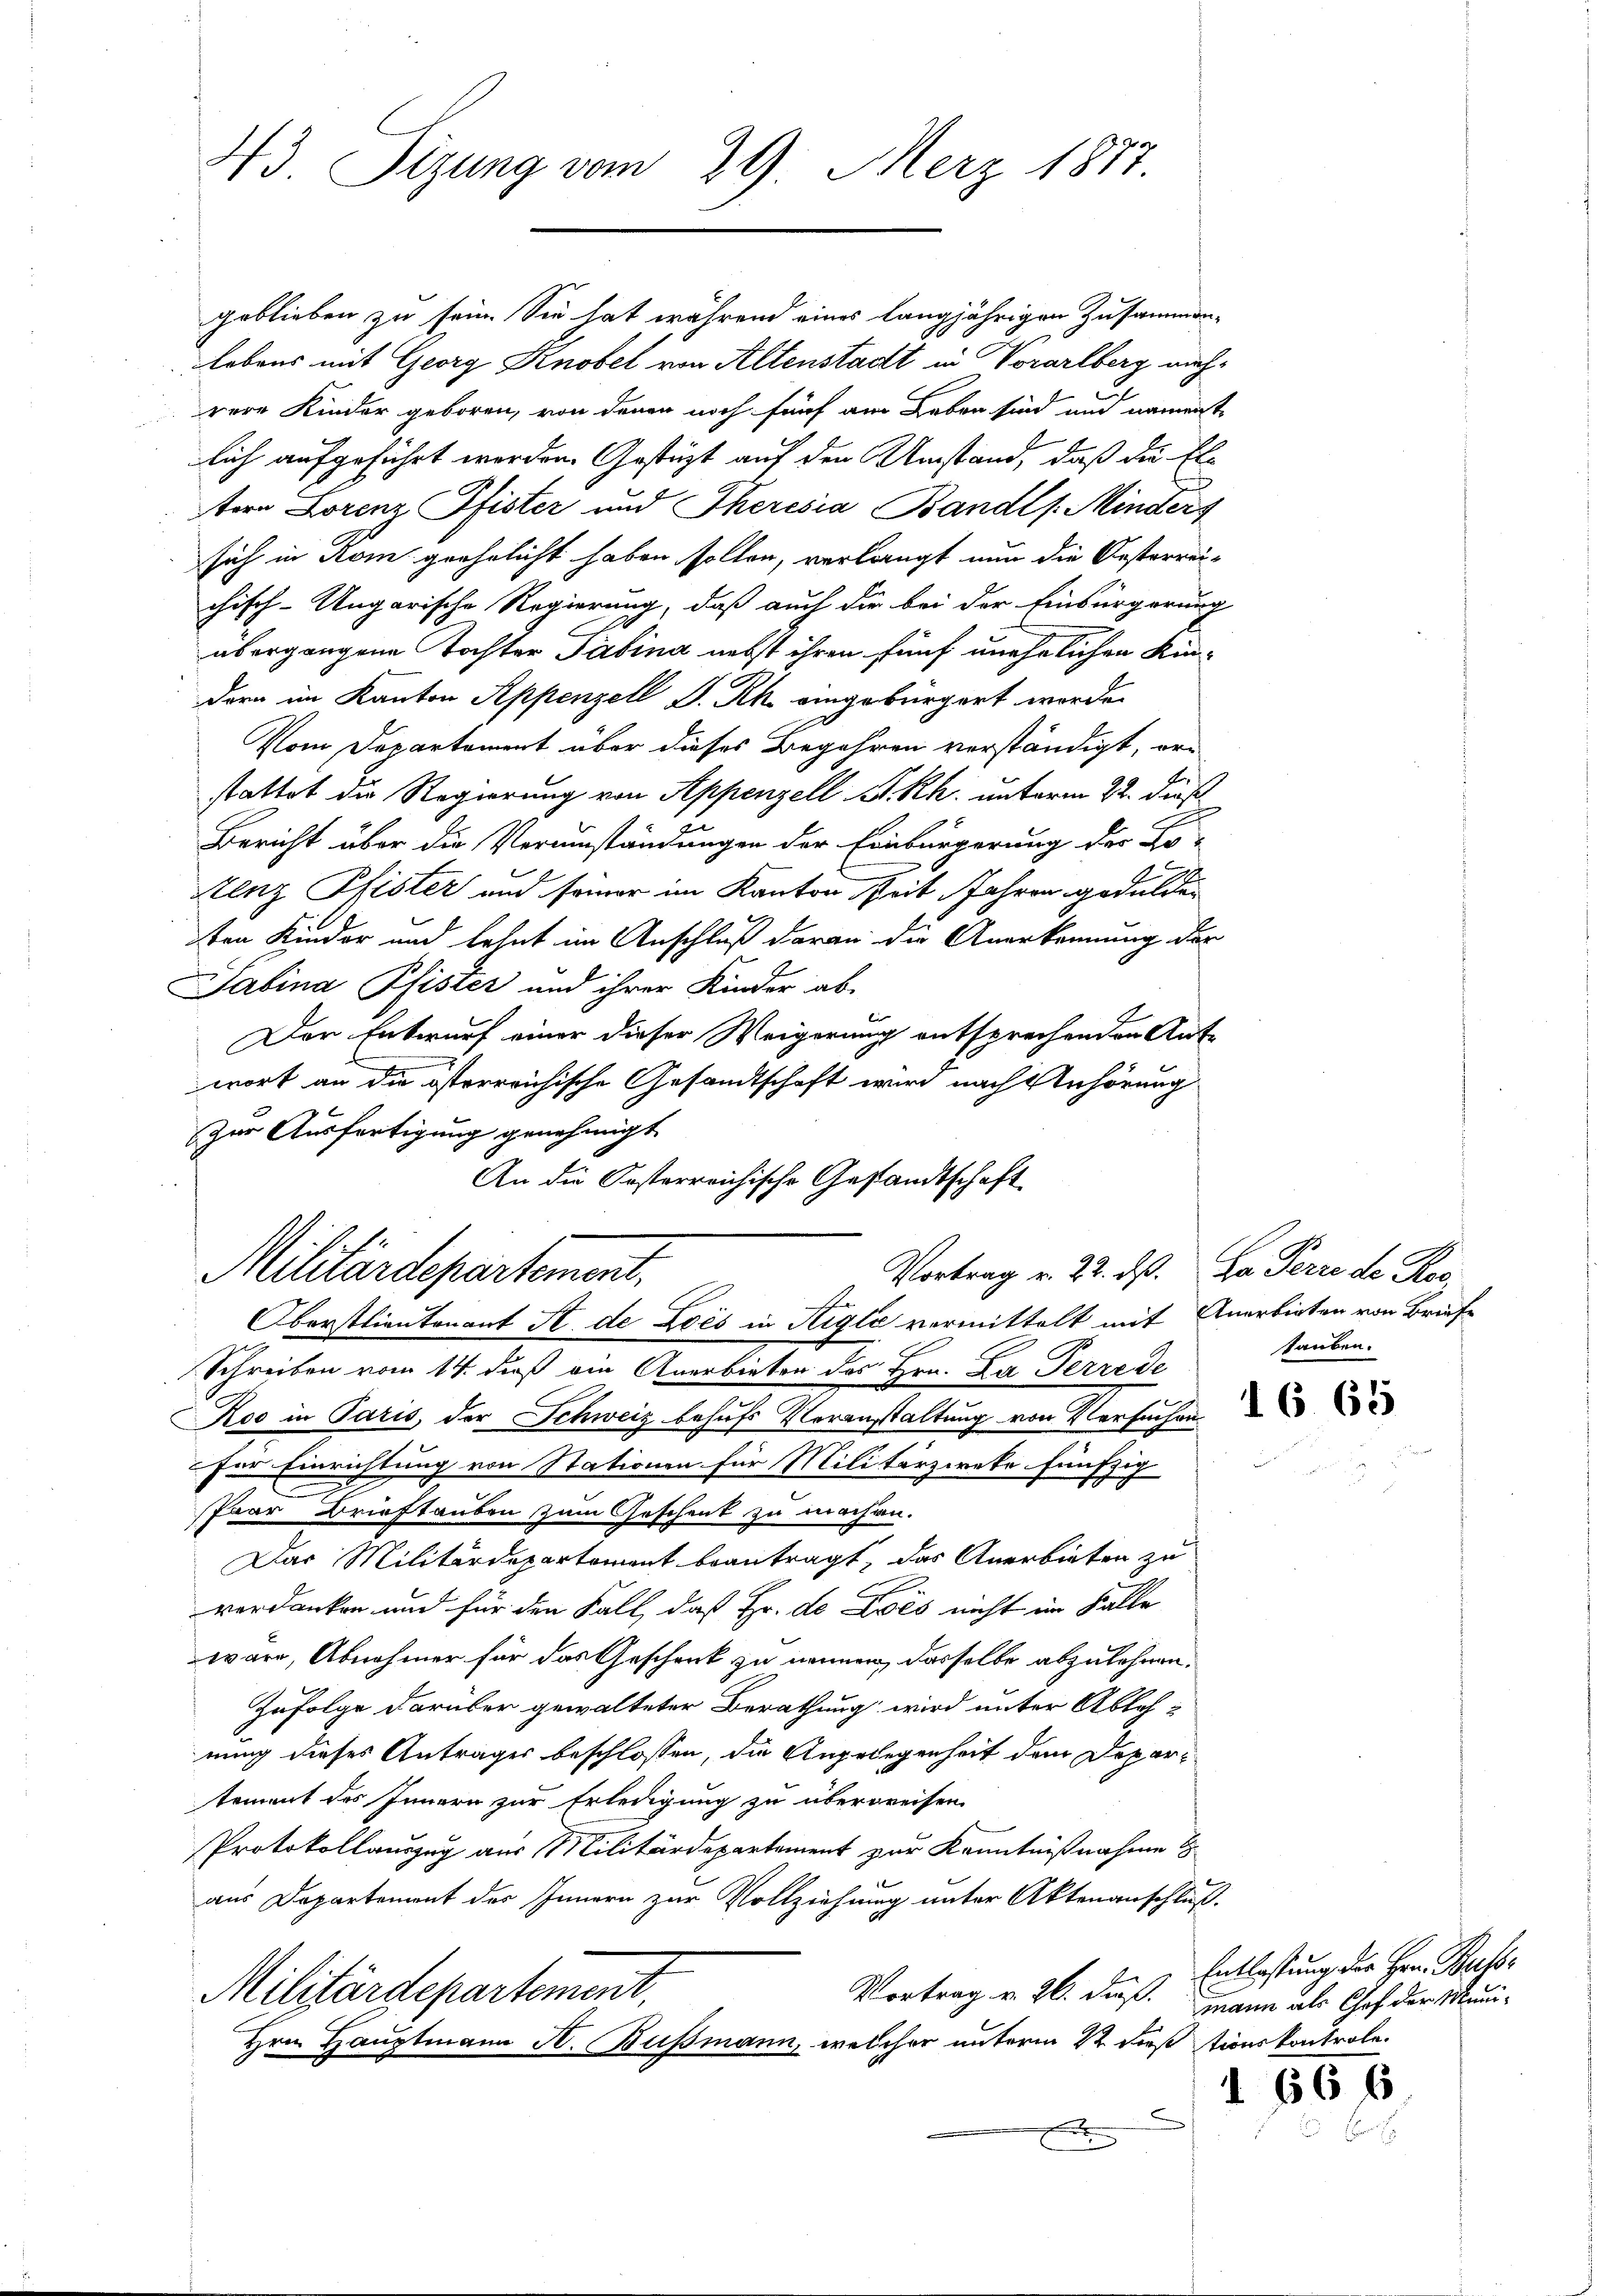
173 Sizung vom 29. März 1877.

geblieben zu sein. Sie hat während eines langjährigen Zusammen-
Lebens mit Georg Knobel von Altenstadt in Vorarlberg nachrere Kinder geboren, von denen noch fünf am Leben sind und namenste
lich aufgeführt worden. Gestüzt auf den Umstand, daß die Eltern Lorenz Pfister und Theresia Bandls. Minders
sich in Rom grehelicht haben sollen, verlangt nun die Oesterreichisch-Ungarische Regierung, daß auch die bei der Einbürgerung
übergangene Tochter Pabina nebst ihren fünf unehelichen Kindern im Kanton Appenzell S. Rh. eingebürgert worden.
Vom Departement über dieses Begehren verständigt, erstattet die Regierung von Appenzell S. Rh. unterm 22. dieß
Bericht über die Verumständungen der Einbürgerung der Be-
Stenz Pfister und seiner im Kanton Zeit Jahren gedulden
ten Kinder und lehnt im Anschluß daran die Anerkennung der
Sabina Pfister und ihrer Kinder ab-
Der Entwurf einer dieser Weigerung entsprechenden Ant-
wort an die österreichische Gesandtschaft wird nach Anhörung
zur Ausfertigung genehmigt
An die Oesterreichische Gestandtschaft
Militärdepartement,
Vortrag v. 22. ds. Da Perre de Ros
Oberstlieutenant St. de Zoés in Aigle vermittelt mit Anerbieten von Briefe
Schreiben vom 14. dieß ein Anerbieten des Hrn. La Perrede
Koo in Paris, der Schweiz behufs Voranstaltung von Versuchen
für Einrichtung von Stationen für Militärzirke fünfzig
.
Paar Brieftauben zum Geschenk zu machen-
Das Militärdepartement beantragt, das Anerbieten zu
e
verdanken und für den Fall, daß Hr. de Lies nicht im Falle
wäre, Abnehmer für das Geschenk zu nennen, dasselbe abzulehnen.
Zufolge darüber gewalteter Berathung wird unter Ablehnung dieses Antrages beschlossen, die Angelegenheit dem Departement des Innern zur Erledigung zu überpreisen.
Protokollauszug aus Militärdepartement zur Kenntnißnahme
aus Departement des Innern zur Vollziehung unter Aktenanschluß.
Militärdepartement.
Vortrag v. 26. dieß. Mann als Chef der Muni-
Hrn. Hauptmann A. Bußmann, welcher unterm 22. dieß stionskontrole.
A

tauben.

Entlassung der Herr Betr

1 666